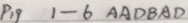
P 1 9 1 - 6 A A D B A D